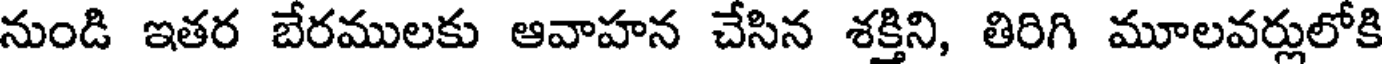
నుండి ఇతర బేరములకు ఆవాహన చేసిన శక్తిని, తిరిగి మూలవర్లులోకి